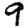
Digit: 9